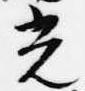
光